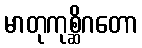
မာတုကုစ္ဆိဂတော